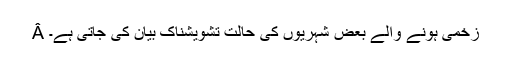
Â زخمی ہونے والے بعض شہریوں کی حالت تشویشناک بیان کی جاتی ہے۔